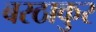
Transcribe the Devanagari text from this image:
बरठाकुर